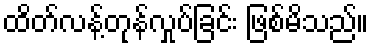
ထိတ်လန့်တုန်လှုပ်ခြင်း ဖြစ်မိသည်။